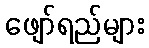
ဖျော်ရည်များ